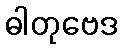
ဓါတုဗေဒ